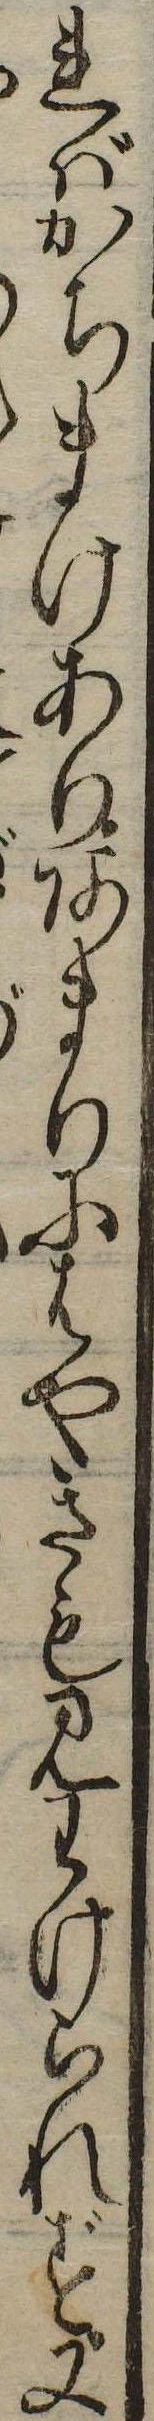
ればかちまけありあまりにはやきも見わけられず又